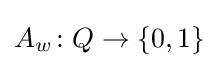
A_{w}\colon Q\to \{0,1\}